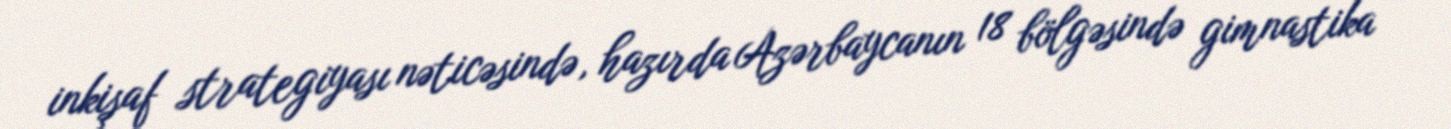
inkişaf strategiyası nəticəsində, hazırda Azərbaycanın 18 bölgəsində gimnastika